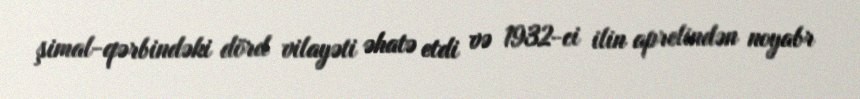
şimal-qərbindəki dörd vilayəti əhatə etdi və 1932-ci ilin aprelindən noyabr